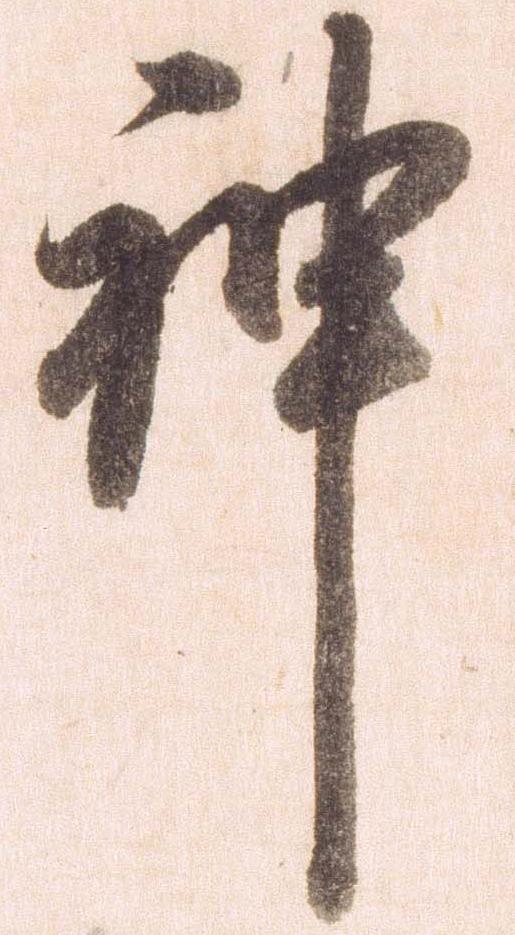
神